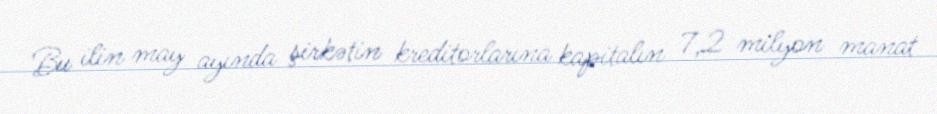
Bu ilin may ayında şirkətin kreditorlarına kapitalın 7,2 milyon manat